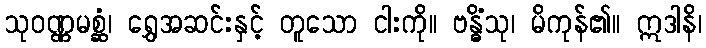
သုဝဏ္ဏမစ္ဆံ၊ ရွှေအဆင်းနှင့် တူသော ငါးကို။ ဗန္ဓိံသု၊ မိကုန်၏။ ဣဒါနိ၊